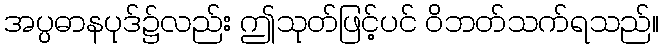
အပ္ပဓာနပုဒ်၌လည်း ဤသုတ်ဖြင့်ပင် ဝိဘတ်သက်ရသည်။